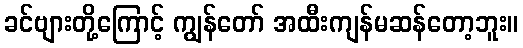
ခင်ဗျားတို့ကြောင့် ကျွန်တော် အထီးကျန်မဆန်တော့ဘူး။